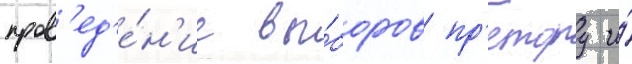
пров'ед'е́н'ие вы́боров пр'етору и́